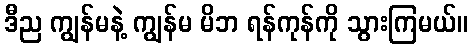
ဒီည ကျွန်မနဲ့ ကျွန်မ မိဘ ရန်ကုန်ကို သွားကြမယ်။